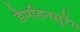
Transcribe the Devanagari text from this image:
डैमडिनसूरेंग